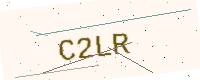
Text: C2LR